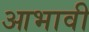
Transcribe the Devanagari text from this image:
आभावी